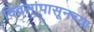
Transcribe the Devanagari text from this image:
दिवसांपासूनच्या